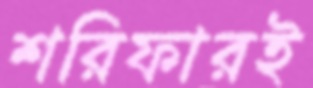
শরিফারই